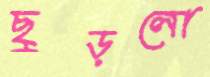
ছুড়লো